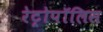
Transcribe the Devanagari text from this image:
रेट्रोपॉलिस